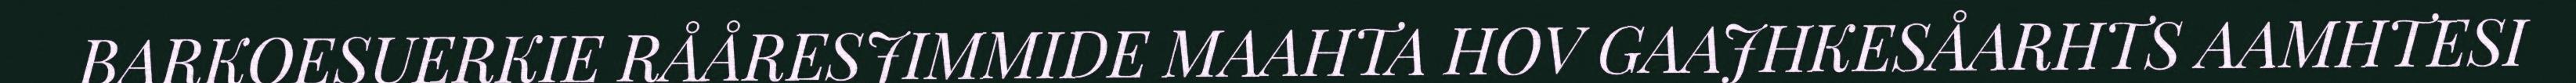
BARKOESUERKIE RÅÅRESJIMMIDE MAAHTA HOV GAAJHKESÅARHTS AAMHTESI